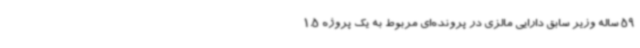
59 ساله وزیر سابق دارایی مالزی در پرونده‌ای مربوط به یک پروژه 1.5